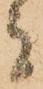
者